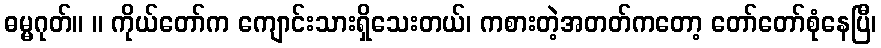
ဓမ္မဂုတ်။ ။ ကိုယ်တော်က ကျောင်းသားရှိသေးတယ်၊ ကစားတဲ့အတတ်ကတော့ တော်တော်စုံနေပြီ၊